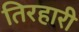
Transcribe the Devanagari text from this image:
तिरहारी